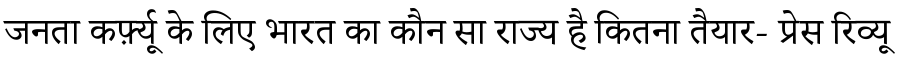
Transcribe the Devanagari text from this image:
जनता कर्फ़्यू के लिए भारत का कौन सा राज्य है कितना तैयार- प्रेस रिव्यू